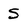
Character: 5